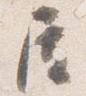
屋